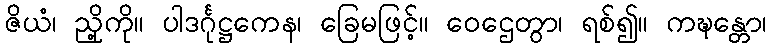
ဇိယံ၊ ညှို့ကို။ ပါဒင်္ဂုဋ္ဌကေန၊ ခြေမဖြင့်။ ဝေဌေတွာ၊ ရစ်၍။ ကဍ္ဎန္တော၊